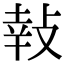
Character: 𢽞